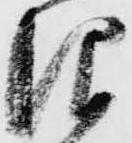
仰